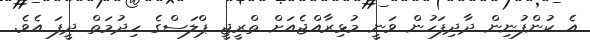
އެ ކުންފުނިން ދާދިފަހުން ވަނީ މުޅިރާއްޖެއަށް ތްރީޖީ ޕްލަސްގެ ހިދުމަތް ދީފަ އެވެ.